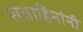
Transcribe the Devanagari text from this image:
सत्ताहिनांनी